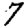
Digit: 7